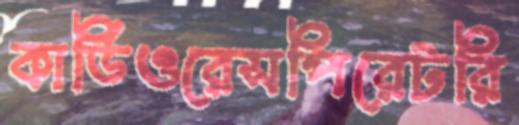
কার্ডিওরেসপিরেটরি